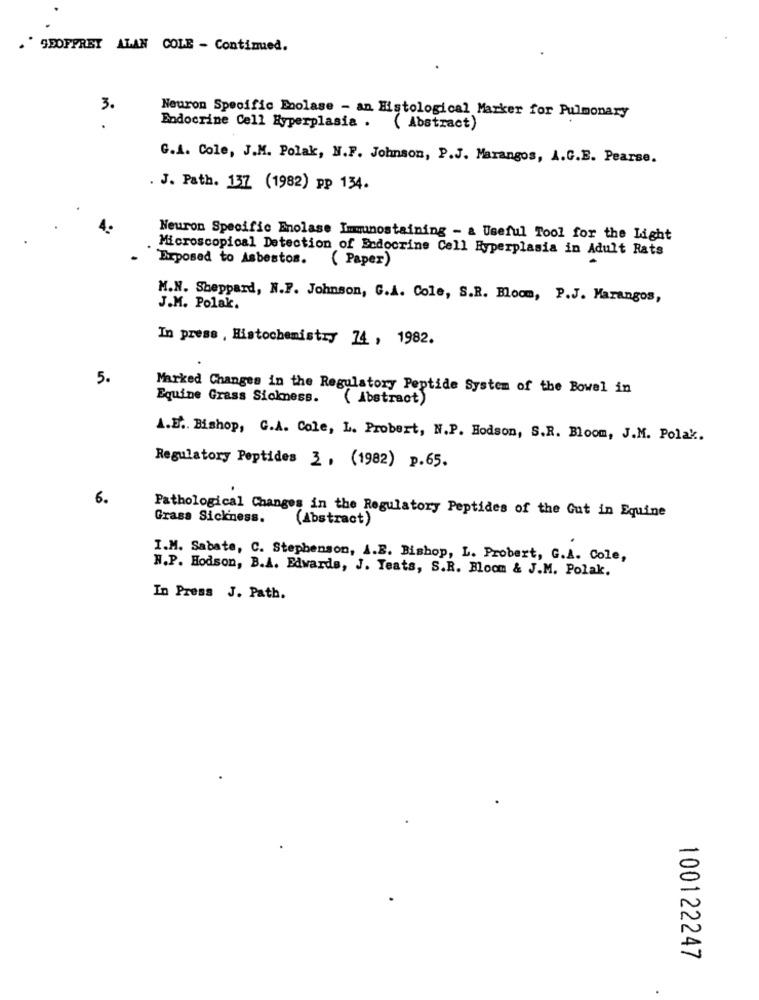
GEOFFREY ALAN COLE - Continued.
3.
Neuron Specific Enolase - an Histological Marker for Pulmonary
Endocrine Cell Hyperplasia . ( Abstract)
G.I. Cole, J.M. Polak, N.F. Johnson, P.J. Marangos, A.G.E. Pearse.
. J. Path. 137 (1982) pp 134.
Neuron Specific Enolase Immunostaining - & Useful Tool for the Light
Microscopical Detection of Ecdocrine Cell Hyperplasia in Adult Rats
Exposed to Asbestos. ( Paper)
M.N. Sheppard, N.F. Johnson, G.A. Cole, S.R. Bloom, P.J. Marangos,
J.M. Polak.
In press , Histochemistry 74, 1982.
5.
Marked Changes in the Regulatory Peptide System of the Bowel in
Equine Grass Sickness. ( Abstract)
A.E .. Bishop, C.A. Cole, L. Probert, N.P. Hodson, S.R. Bloom, J.M. Polak.
Regulatory Peptides 3, (1982) p.65.
6.
Pathological Changes in the Regulatory Peptides of the Gut in Equine
Grass Sickness.
(Abstract)
I.M. Sabate, C. Stephenson, A.B. Bishop, L. Probert, G.A. Cole,
N.P. Hodson, B.A. Edwards, J. Teats, S.R. Bloom & J.M. Polak.
In Press J. Path.
100122247